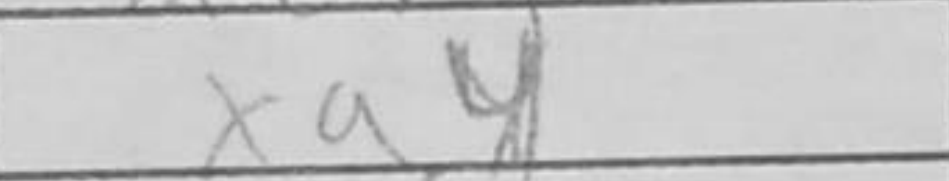
Transcription: xa4